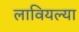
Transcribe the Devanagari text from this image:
लावियल्या